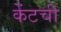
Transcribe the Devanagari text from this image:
केंटची